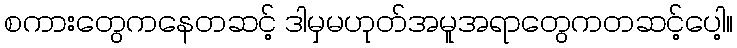
စကားတွေကနေတဆင့် ဒါမှမဟုတ်အမူအရာတွေကတဆင့်ပေါ့။